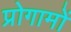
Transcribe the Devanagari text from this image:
प्रोगामों